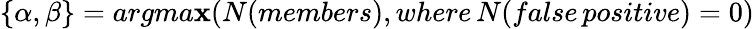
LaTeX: \{ \alpha,\beta\} =argma\mathbf{x}(N(members),where\, N(false\, positive)=0)